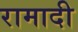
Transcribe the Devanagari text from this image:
रामादी